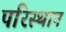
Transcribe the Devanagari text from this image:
परिस्थान